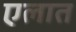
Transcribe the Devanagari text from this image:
एलात